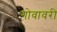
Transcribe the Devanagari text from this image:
गोवावरी